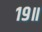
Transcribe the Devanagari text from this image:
१९॥